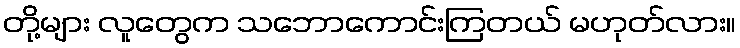
တို့များ လူတွေက သဘောကောင်းကြတယ် မဟုတ်လား။